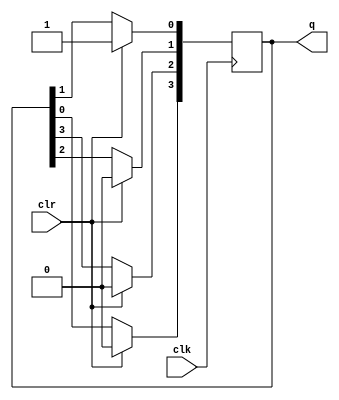
`timescale 1ns / 1ps
//////////////////////////////////////////////////////////////////////////////////
// Company: 
// Engineer: 
// 
// Design Name: 
// Module Name: ring_cnt
// Project Name: 
// Target Devices: 
// Tool Versions: 
// Description: 
// 
// Dependencies: 
// 
// Revision:
// Revision 0.01 - File Created
// Additional Comments:
// 
//////////////////////////////////////////////////////////////////////////////////


module ring_cnt(q,clk, clr);

output reg [3:0] q;
input clr, clk;


always@(posedge clk)
begin
if(clr==1'b1)

q <= 4'b0001;

else

begin

 q[3] <= q[0];
 q[0] <= q[1];
 q[1] <= q[2];
 q[2] <= q[3];

end


end
endmodule